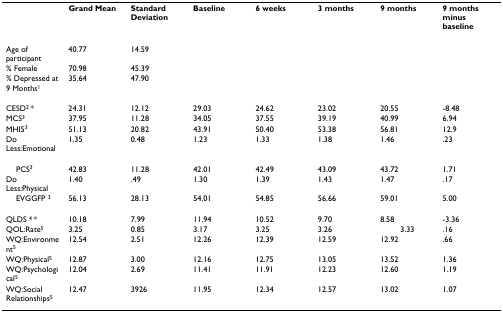
<table><thead><tr><td></td><td><b>Grand Mean</b></td><td><b>Standard Deviation</b></td><td><b>Baseline</b></td><td><b>6 weeks</b></td><td><b>3 months</b></td><td><b>9 months</b></td><td><b>9 months minus baseline</b></td></tr></thead><tbody><tr><td>Age of participant</td><td>40.77</td><td>14.59</td><td></td><td></td><td></td><td></td><td></td></tr><tr><td>% Female</td><td>70.98</td><td>45.39</td><td></td><td></td><td></td><td></td><td></td></tr><tr><td>% Depressed at 9 Months<sup>1</sup></td><td>35.64</td><td>47.90</td><td></td><td></td><td></td><td></td><td></td></tr><tr><td>CESD<sup>2 </sup>*</td><td>24.31</td><td>12.12</td><td>29.03</td><td>24.62</td><td>23.02</td><td>20.55</td><td>-8.48</td></tr><tr><td>MCS<sup>3</sup></td><td>37.95</td><td>11.28</td><td>34.05</td><td>37.55</td><td>39.19</td><td>40.99</td><td>6.94</td></tr><tr><td>MHI5<sup>3</sup></td><td>51.13</td><td>20.82</td><td>43.91</td><td>50.40</td><td>53.38</td><td>56.81</td><td>12.9</td></tr><tr><td>Do Less:Emotional</td><td>1.35</td><td>0.48</td><td>1.23</td><td>1.33</td><td>1.38</td><td>1.46</td><td>.23</td></tr><tr><td> PCS<sup>3</sup></td><td>42.83</td><td>11.28</td><td>42.01</td><td>42.49</td><td>43.09</td><td>43.72</td><td>1.71</td></tr><tr><td>Do Less:Physical</td><td>1.40</td><td>.49</td><td>1.30</td><td>1.39</td><td>1.43</td><td>1.47</td><td>.17</td></tr><tr><td> EVGGFP <sup>3</sup></td><td>56.13</td><td>28.13</td><td>54.01</td><td>54.85</td><td>56.66</td><td>59.01</td><td>5.00</td></tr><tr><td>QLDS <sup>4 </sup>*</td><td>10.18</td><td>7.99</td><td>11.94</td><td>10.52</td><td>9.70</td><td>8.58</td><td>-3.36</td></tr><tr><td>QOL:Rate<sup>5</sup></td><td>3.25</td><td>0.85</td><td>3.17</td><td>3.25</td><td>3.26</td><td>3.33</td><td>.16</td></tr><tr><td>WQ:Environment<sup>5</sup></td><td>12.54</td><td>2.51</td><td>12.26</td><td>12.39</td><td>12.59</td><td>12.92</td><td>.66</td></tr><tr><td>WQ:Physical<sup>5</sup></td><td>12.87</td><td>3.00</td><td>12.16</td><td>12.75</td><td>13.05</td><td>13.52</td><td>1.36</td></tr><tr><td>WQ:Psychological<sup>5</sup></td><td>12.04</td><td>2.69</td><td>11.41</td><td>11.91</td><td>12.23</td><td>12.60</td><td>1.19</td></tr><tr><td>WQ:Social Relationships<sup>5</sup></td><td>12.47</td><td>3926</td><td>11.95</td><td>12.34</td><td>12.57</td><td>13.02</td><td>1.07</td></tr></tbody></table>